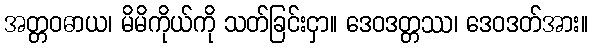
အတ္တဝဓာယ၊ မိမိကိုယ်ကို သတ်ခြင်းငှာ။ ဒေဝဒတ္တဿ၊ ဒေဝဒတ်အား။